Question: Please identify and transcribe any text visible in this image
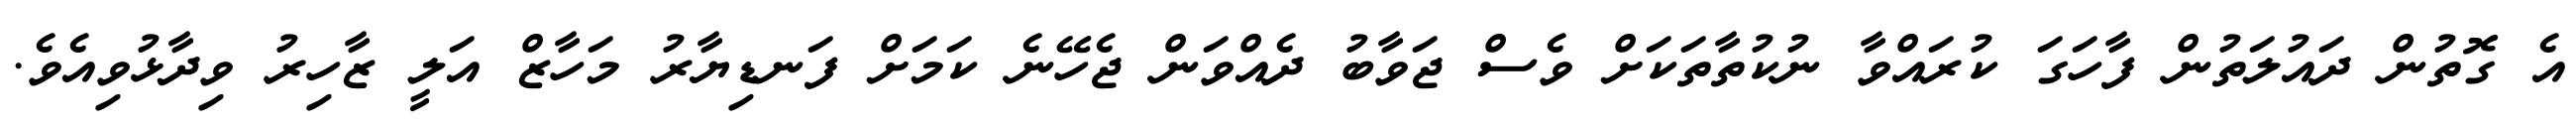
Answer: އެ ގޮތުން ދައުލަތުން ފާހަގަ ކުރައްވާ ނުކުތާތަކަށް ވެސް ޖަވާބު ދެއްވަން ޖެހޭނެ ކަމަށް ފަނޑިޔާރު މަހާޒް އަލީ ޒާހިރު ވިދާޅުވިއެވެ.